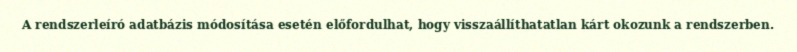
A rendszerleíró adatbázis módosítása esetén előfordulhat, hogy visszaállíthatatlan kárt okozunk a rendszerben.